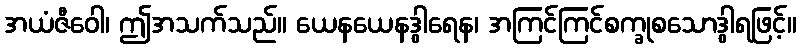
အယံဇီဝေါ၊ ဤအသက်သည်။ ယေနယေနဒွါရေန၊ အကြင်ကြင်စက္ခုစသောဒွါရဖြင့်။